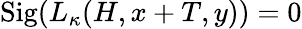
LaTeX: \mathrm{Sig}(L_{\kappa}(H,x+T,y))=0